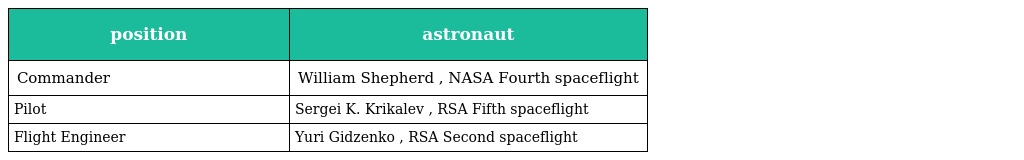
| position | astronaut |
 | --- | --- |
 | Commander | William Shepherd , NASA Fourth spaceflight |
 | Pilot | Sergei K. Krikalev , RSA Fifth spaceflight |
 | Flight Engineer | Yuri Gidzenko , RSA Second spaceflight |